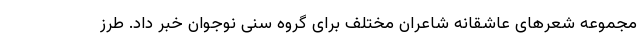
مجموعه شعرهای عاشقانه شاعران مختلف برای گروه سنی نوجوان خبر داد. طرز